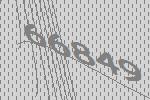
66849